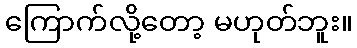
ကြောက်လို့တော့ မဟုတ်ဘူး။